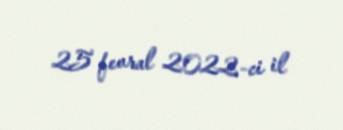
25 fevral 2022-ci il